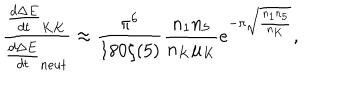
\frac { \frac { d \Delta E } { d t } _ { K K } } { \frac { d \Delta E } { d t } _ { n e u t } } \approx \frac { \pi ^ { 6 } } { 1 8 0 \zeta ( 5 ) } \frac { n _ { 1 } n _ { 5 } } { n _ { K } \mu _ { K } } e ^ { - \pi \sqrt { \frac { n _ { 1 } n _ { 5 } } { n _ { K } } } } ,